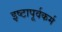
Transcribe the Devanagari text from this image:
इष्टापूर्वकर्म